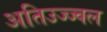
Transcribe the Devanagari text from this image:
अतिउज्ज्वल